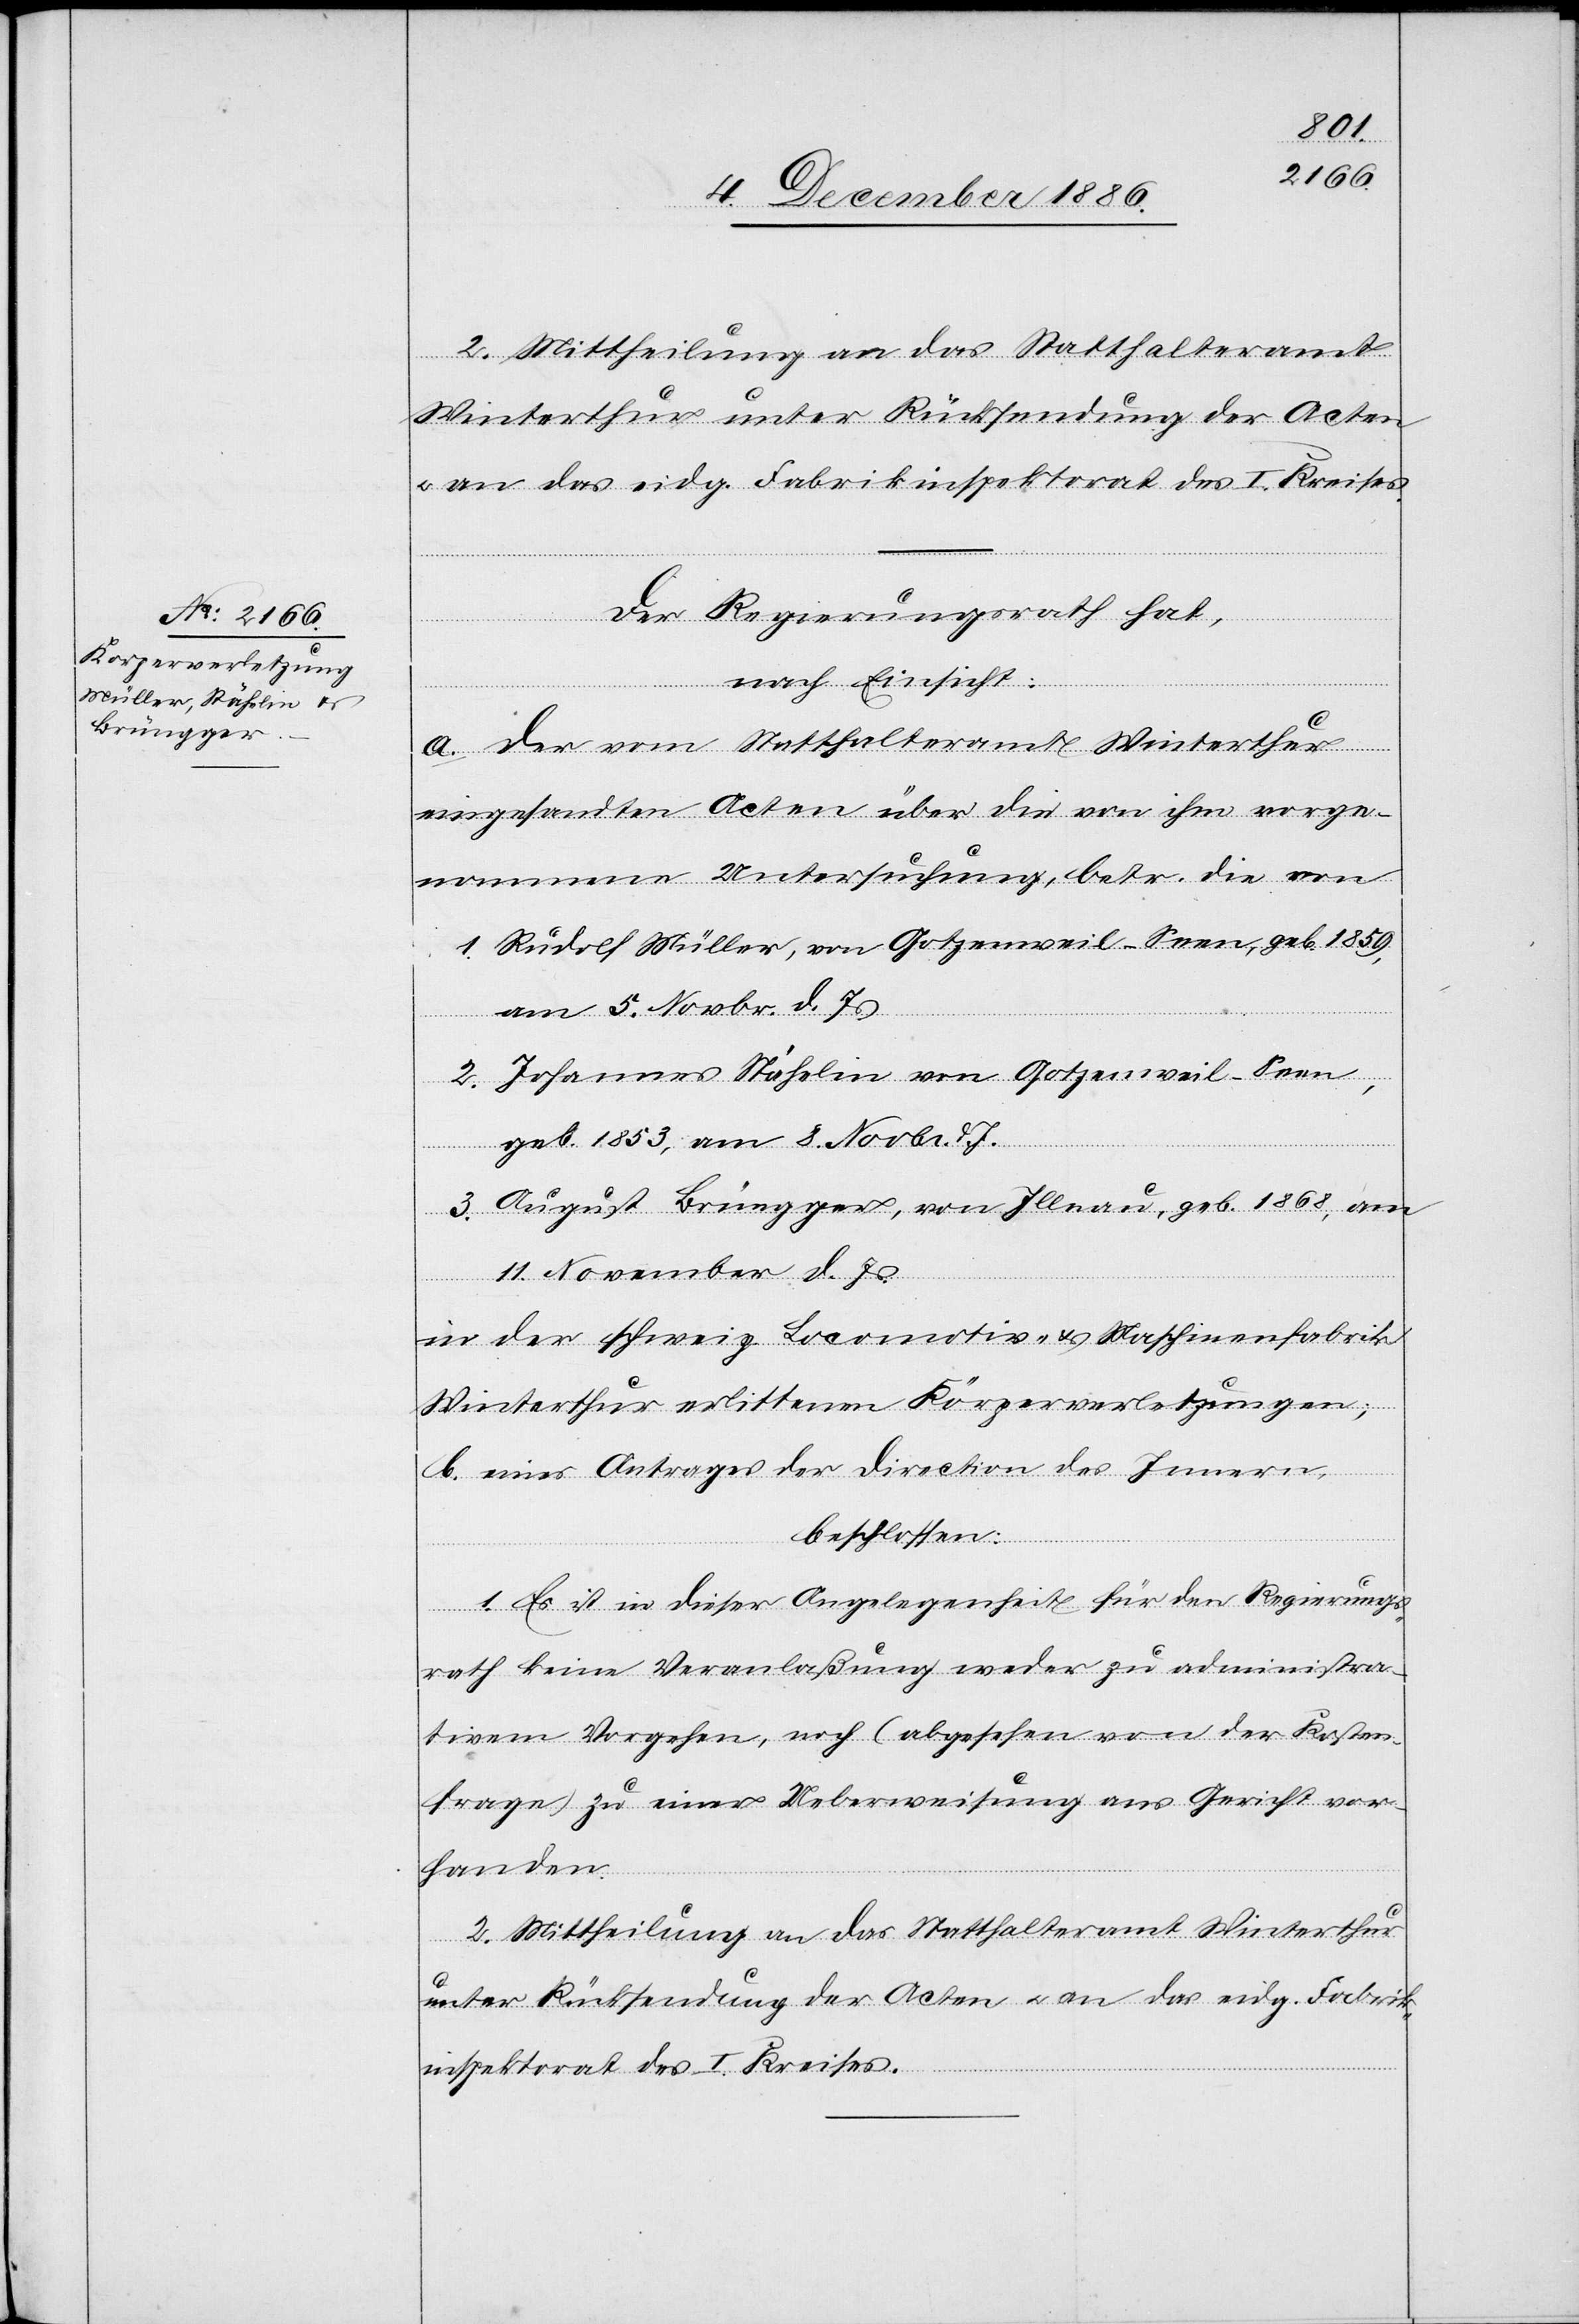
1853,
Der Regierungsrath hat,
nach Einsicht:
a. Der vom Statthalteramt Winterthur
geb.
eingesandten Acten über die von ihm vorge¬
nommene Untersuchung, betr. die von
1. Rudolf Müller, von Gotzenweil - Seen, geb. 1859,
am 8. Novbr. d. Js.
2. Johannes Stähelin von Gotzenweil - Seen,
3. August Brüngger, von Illnau, geb. 1868, am
11. November d. Js.
in der schweiz. Locomotiv- & Maschinenfabrik
Winterthur erlittenen Körperverletzungen;
b. eines Antrages der Direction des Innern,
beschlossen:
1. Es ist in dieser Angelegenheit für den Regierungs¬
rath keine Veranlaßung weder zu administra¬
tivem Vorgehen, noch (abgesehen von der Kosten¬
frage) zu einer Ueberweisung ans Gericht vor¬
handen.
2. Mittheilung an das Statthalteramt Winterthur
unter Rücksendung der Acten & an das eidg. Fabrik¬
inspektorat des I. Kreises.